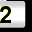
Digit: 2